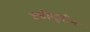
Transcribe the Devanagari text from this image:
वहीदुदीन